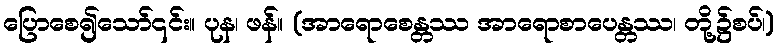
ပြောစေ၍သော်၎င်း။ ပုန၊ ဖန်။ (အာရောစေန္တဿ အာရောစာပေန္တဿ၊ တို့၌စပ်၊)